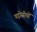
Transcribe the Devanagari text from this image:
पड़ोसीयों